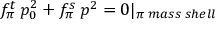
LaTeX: f _ { \pi } ^ { t } \, p _ { 0 } ^ { 2 } + f _ { \pi } ^ { s } \, p ^ { 2 } = 0 | _ { \pi \; m a s s \; s h e l l }